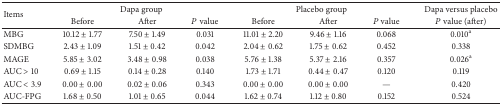
<table><thead><tr><td rowspan="2"><b>Items</b></td><td colspan="3"><b>Dapa group</b></td><td colspan="3"><b>Placebo group</b></td><td><b>Dapa versus placebo</b></td></tr><tr><td><b>Before</b></td><td><b>After</b></td><td><b><i>P</i> value</b></td><td><b>Before</b></td><td><b>After</b></td><td><b><i>P</i> value</b></td><td><b><i>P</i> value (after)</b></td></tr></thead><tbody><tr><td>MBG</td><td>10.12 ± 1.77</td><td>7.50 ± 1.49</td><td>0.031</td><td>11.01 ± 2.20</td><td>9.46 ± 1.16</td><td>0.068</td><td>0.010<sup>a</sup></td></tr><tr><td>SDMBG</td><td>2.43 ± 1.09</td><td>1.51 ± 0.42</td><td>0.042</td><td>2.04 ± 0.62</td><td>1.75 ± 0.62</td><td>0.452</td><td>0.338</td></tr><tr><td>MAGE</td><td>5.85 ± 3.02</td><td>3.48 ± 0.98</td><td>0.038</td><td>5.76 ± 1.38</td><td>5.37 ± 2.16</td><td>0.357</td><td>0.026<sup>a</sup></td></tr><tr><td>AUC &gt; 10</td><td>0.69 ± 1.15</td><td>0.14 ± 0.28</td><td>0.140</td><td>1.73 ± 1.71</td><td>0.44 ± 0.47</td><td>0.120</td><td>0.119</td></tr><tr><td>AUC &lt; 3.9</td><td>0.00 ± 0.00</td><td>0.02 ± 0.06</td><td>0.343</td><td>0.00 ± 0.00</td><td>0.00 ± 0.00</td><td>—</td><td>0.420</td></tr><tr><td>AUC-FPG</td><td>1.68 ± 0.50</td><td>1.01 ± 0.65</td><td>0.044</td><td>1.62 ± 0.74</td><td>1.12 ± 0.80</td><td>0.152</td><td>0.524</td></tr></tbody></table>